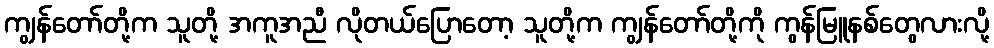
ကျွန်တော်တို့က သူတို့ အကူအညီ လိုတယ်ပြောတော့ သူတို့က ကျွန်တော်တို့ကို ကွန်မြူနစ်တွေလားလို့